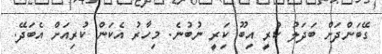
ގޭބަންދަށް ބަދަލު ކުރީ އިބޫ ކަިރީ ނުބުނެ. މިހާރު އެކަން ކުރިއަށް އެބަދޭ.